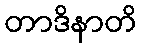
တာဒိနာတိ